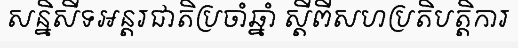
សន្និសីទអន្តរជាតិប្រចាំឆ្នាំ ស្តីពីសហប្រតិបត្តិការ